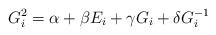
LaTeX: \begin{align*} G_i^2=\alpha + \beta E_i + \gamma G_i + \delta G_i^{-1}\end{align*}